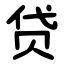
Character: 贷